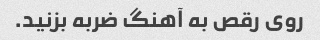
روی رقص به آهنگ ضربه بزنید.